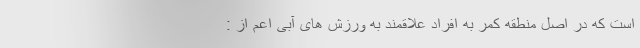
است که در اصل منطقه كمر به افراد علاقمند به ورزش های آبی اعم از :